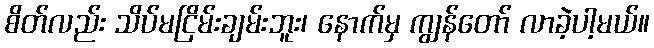
စိတ်လည်း သိပ်မငြိမ်းချမ်းဘူး၊ နောက်မှ ကျွန်တော် လာခဲ့ပါ့မယ်။